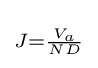
\scriptstyle J={\frac {V_{a}}{ND}}